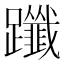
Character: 𨇦